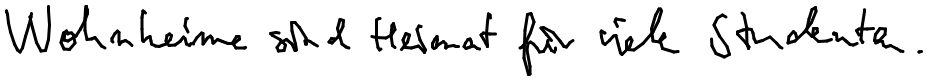
Wohnheime sind Heimat für viele Studenten.